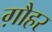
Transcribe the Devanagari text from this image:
ग़ौहर